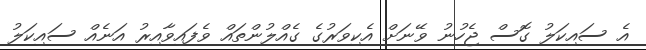
އެ ސައިކަލު ގޮސް ޖެހުނު ވޭނަށް އެކިވަރުގެ ގެއްލުންތައް ވެފައިވާއިރު އަނެއް ސައިކަލު